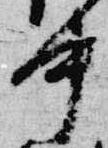
中